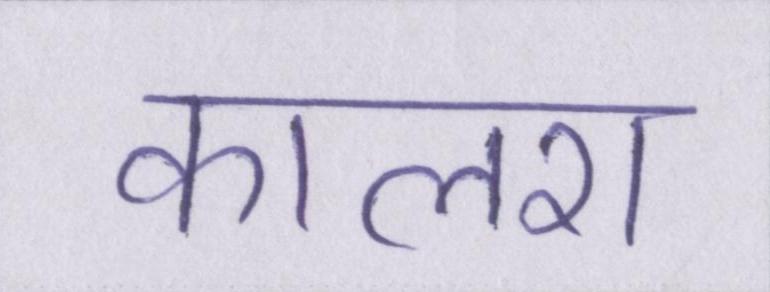
कालरा